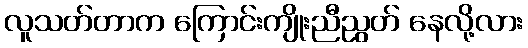
လူသတ်တာက ကြောင်းကျိုးညီညွတ် နေလို့လား